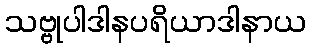
သဗ္ဗုပါဒါနပရိယာဒါနာယ